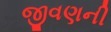
જીવણની